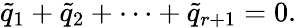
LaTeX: \tilde{q}_{1}+\tilde{q}_{2}+\cdots+\tilde{q}_{r+1}=0.